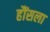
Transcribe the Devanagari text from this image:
हौंसला